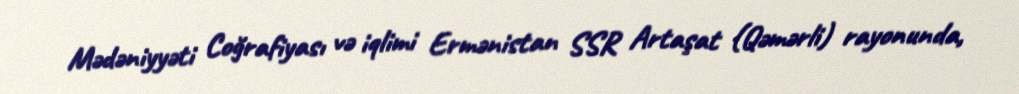
Mədəniyyəti Coğrafiyası və iqlimi Ermənistan SSR Artaşat (Qəmərli) rayonunda,